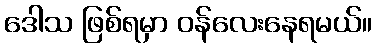
ဒေါသ ဖြစ်ရမှာ ဝန်လေးနေရမယ်။